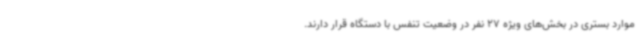
موارد بستری در بخش‌های ویژه 27 نفر در وضعیت تنفس با دستگاه قرار دارند.